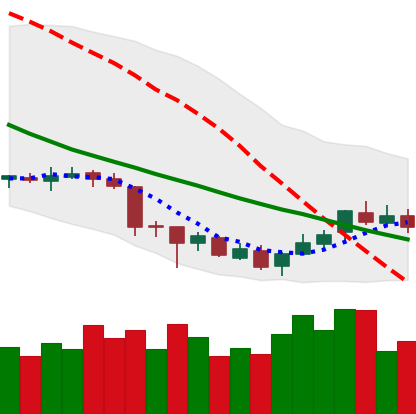
Ticker: XLM-USD
Chart end date: 2018-07-05
Forward return: -5.463%
Label: down_5_7